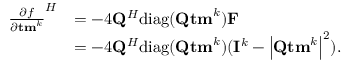
\begin{array} { r l } { { \frac { \partial f } { \partial { \bf t m } ^ { k } } } ^ { H } } & { = - 4 { \bf Q } ^ { H } \mathrm { d i a g } ( { \bf { Q } } { \bf { t m } } ^ { k } ) { \bf F } } \\ & { = - 4 { \bf Q } ^ { H } \mathrm { d i a g } ( { \bf Q } { \bf t m } ^ { k } ) ( { \bf I } ^ { k } - \left| { \bf { Q } } { \bf { t m } } ^ { k } \right| ^ { 2 } ) . } \end{array}